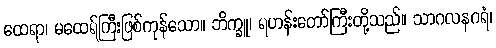
ထေရာ၊ မထေရ်ကြီးဖြစ်ကုန်သော။ ဘိက္ခူ၊ ရဟန်းတော်ကြီးတို့သည်။ သာဂလနဂရံ၊